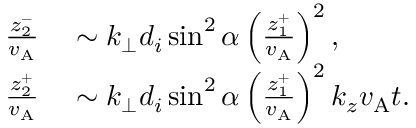
\begin{array} { r l } { \frac { z _ { 2 } ^ { - } } { v _ { \mathrm { A } } } } & { { } \sim k _ { \perp } d _ { i } \sin ^ { 2 } \alpha \left( \frac { z _ { 1 } ^ { + } } { v _ { \mathrm { A } } } \right) ^ { 2 } , } \\ { \frac { z _ { 2 } ^ { + } } { v _ { \mathrm { A } } } } & { { } \sim k _ { \perp } d _ { i } \sin ^ { 2 } \alpha \left( \frac { z _ { 1 } ^ { + } } { v _ { \mathrm { A } } } \right) ^ { 2 } k _ { z } v _ { \mathrm { A } } t . } \end{array}